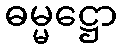
ဓမ္မဋ္ဌော